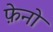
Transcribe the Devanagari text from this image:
फ़ेनो